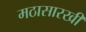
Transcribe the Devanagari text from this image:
मठासारखी